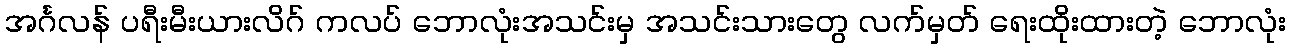
အင်္ဂလန် ပရီးမီးယားလိဂ် ကလပ် ဘောလုံးအသင်းမှ အသင်းသားတွေ လက်မှတ် ရေးထိုးထားတဲ့ ဘောလုံး